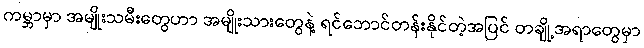
ကမ္ဘာမှာ အမျိုးသမီးတွေဟာ အမျိုးသားတွေနဲ့ ရင်ဘောင်တန်းနိုင်တဲ့အပြင် တချို့အရာတွေမှာ